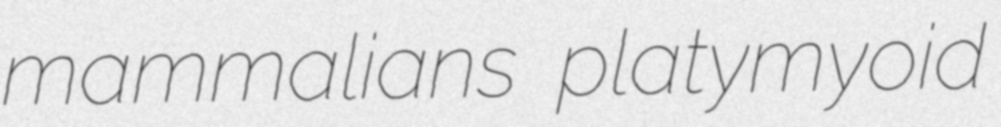
mammalians platymyoid